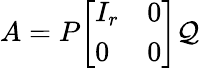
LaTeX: A=P{\left[\begin{array}{ll}{I_{r}}&{0}\\ {0}&{0}\end{array}\right]}\mathcal{Q}